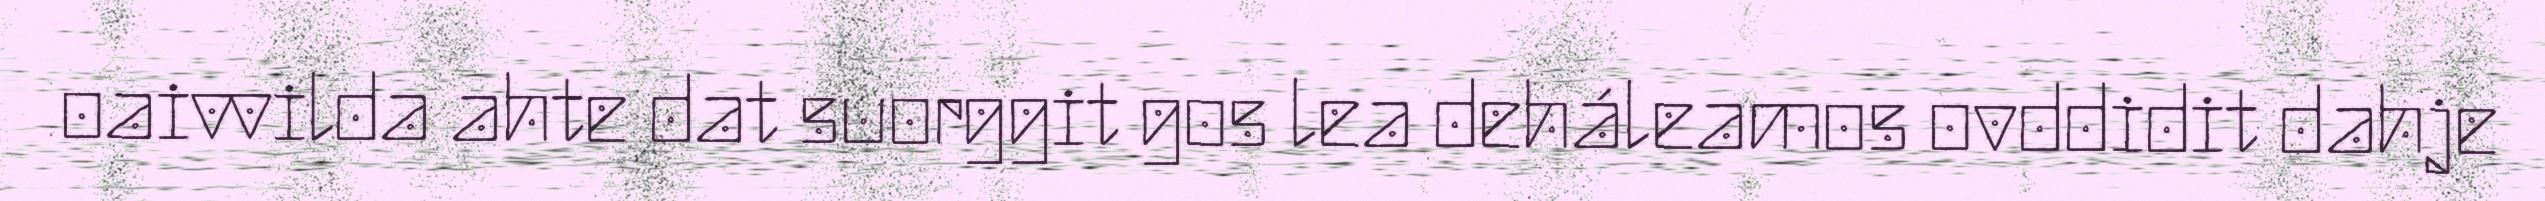
oaivvilda ahte dat suorggit gos lea deháleamos ovddidit dahje